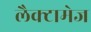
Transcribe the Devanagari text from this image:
लैक्टामेज